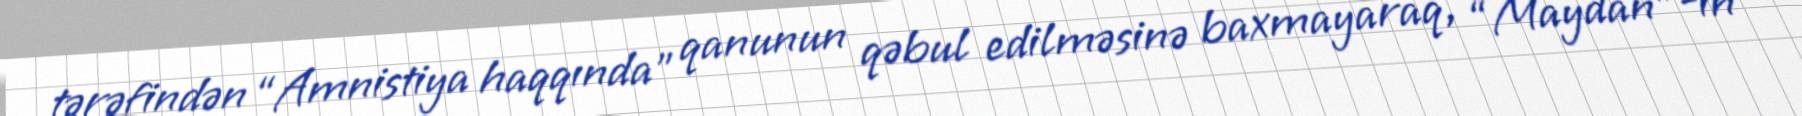
tərəfindən “Amnistiya haqqında” qanunun qəbul edilməsinə baxmayaraq, “Maydan”-ın